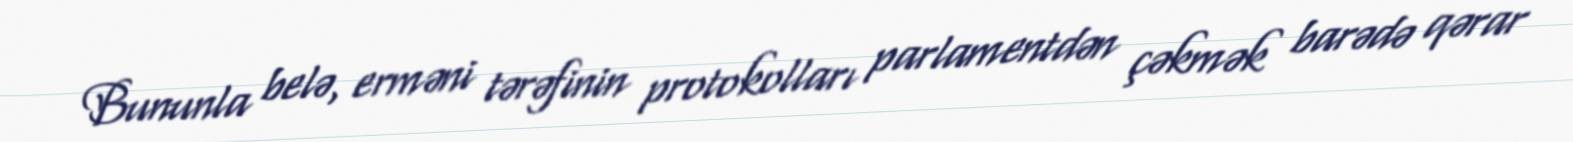
Bununla belə, erməni tərəfinin protokolları parlamentdən çəkmək barədə qərar